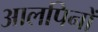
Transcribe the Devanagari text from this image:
आलपिनों